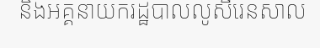
និងអគ្គនាយករដ្ឋបាលលូសឺរេនសាល